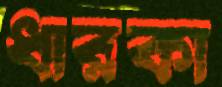
ধারকা